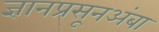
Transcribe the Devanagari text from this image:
ज्ञानप्रसूनअंबा